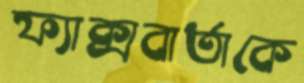
ফ্যাক্সবার্তাকে